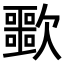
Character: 𣤲